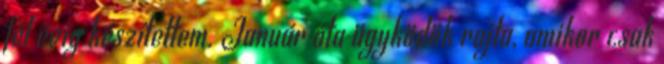
fél évig készítettem. Január óta ügyködök rajta, amikor csak